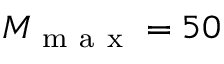
M _ { \mathrm { ~ m ~ a ~ x ~ } } = 5 0